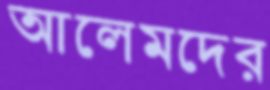
আলেমদের